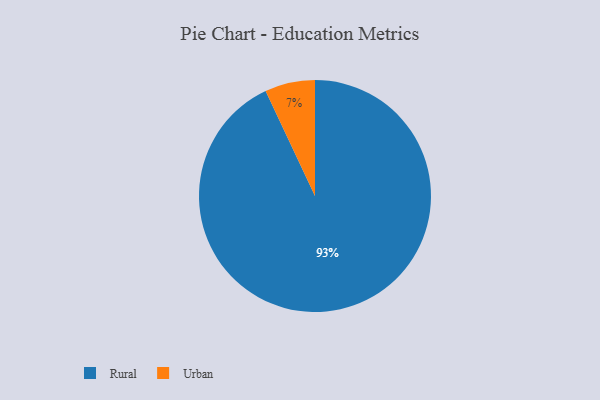
{"axis": {"x": "Category", "y": "Percentage"}, "legend": ["Rural", "Urban"], "data": [{"x": "Urban", "y": 7, "type": "Urban"}, {"x": "Rural", "y": 93, "type": "Rural"}]}